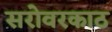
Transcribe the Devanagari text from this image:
सरोवरकाठ